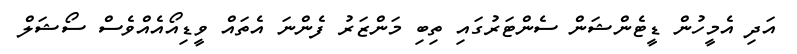
އަދި އެމީހުން ޑީޓެންޝަން ސެންޓަރުގައި ތިބި މަންޒަރު ފެންނަ އެތައް ވީޑިއޯއެއްވެސް ސޯޝަލް